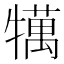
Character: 𤛶